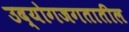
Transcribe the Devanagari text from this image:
उद्योगजगतातील